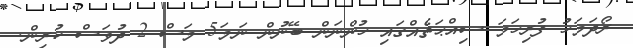
ރޯދަމަހު ފުރިހަމަ ސިއްޙަތެއްގައި ހުންނަން ބޭނުން ނަމަ5 މަސް 2 ދުވަސް ކުރިން.